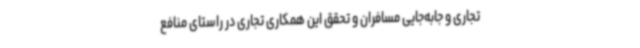
تجاری و جابه‌جایی مسافران و تحقق این همکاری تجاری در راستای منافع